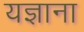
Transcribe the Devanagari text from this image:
यज्ञाना